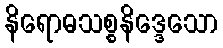
နိရောဓသစ္စနိဒ္ဒေသော